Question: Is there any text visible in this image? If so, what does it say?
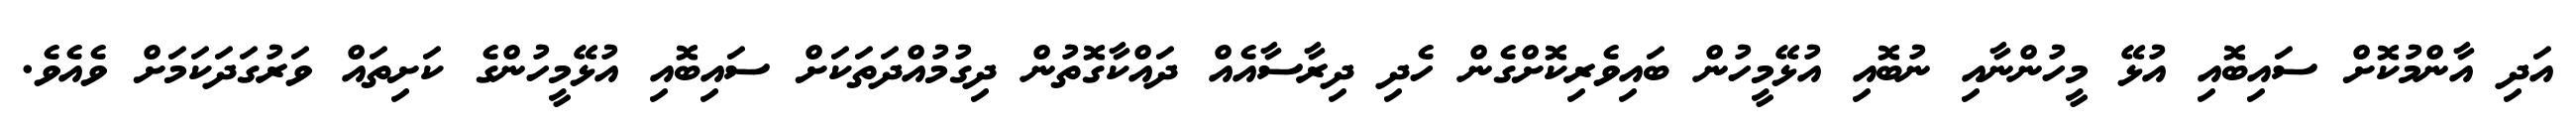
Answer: އަދި އާންމުކޮށް ސައިބޮއި އުޅޭ މީހުންނާއި ނުބޮއި އުޅޭމީހުން ބައިވެރިކޮށްގެން ހެދި ދިރާސާއެއް ދައްކާގޮތުން ދިގުމުއްދަތަކަށް ސައިބޮއި އުޅޭމީހުންގެ ކަށިތައް ވަރުގަދަކަމަށް ވެއެވެ.